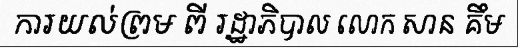
ការយល់ព្រម ពី រដ្ឋាភិបាល លោក សាន គឹម